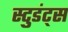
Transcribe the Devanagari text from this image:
स्टुडंट्‌स